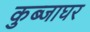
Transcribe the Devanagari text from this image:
कुब्जाघर